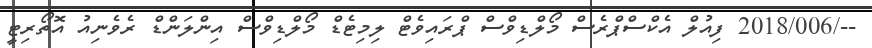
--/2018/006 ފިއުލް އެކްސްޕްރެސް މޯލްޑިވްސް ޕްރައިވެޓް ލިމިޓެޑް މޯލްޑިވްސް އިންލަންޑް ރެވެނިއު އޮތޯރިޓީ